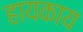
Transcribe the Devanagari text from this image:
हायकाय